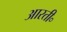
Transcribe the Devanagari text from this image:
आरती॰